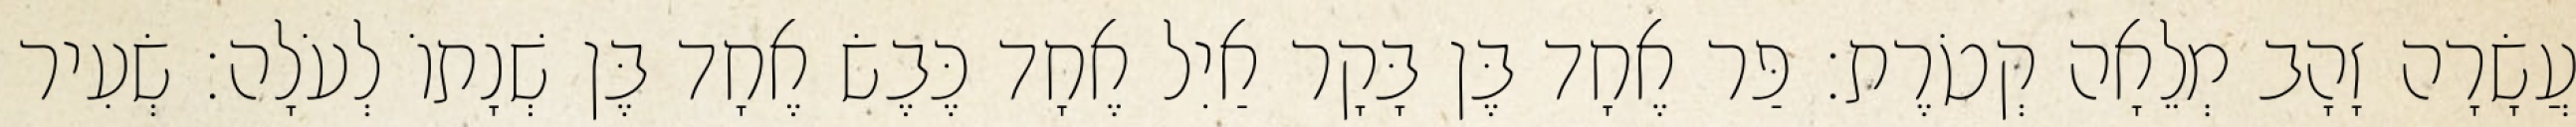
עֲשָׂרָה זָהָב מְלֵאָה קְטֹרֶת׃ פַּר אֶחָד בֶּן בָּקָר אַיִל אֶחָד כֶּבֶשׂ אֶחָד בֶּן שְׁנָתוֹ לְעֹלָה׃ שְׂעִיר